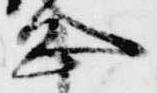
忠